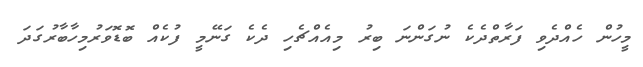
މީހުން ހެއްދެވި ފަރާތްދެކެ ނުގަންނަ ބިރު މިއެއްޗެހި ދެކެ ގަނޭމީ ފުކެއް ބޮޑޮވަރުމިހާބާރުގަދަ